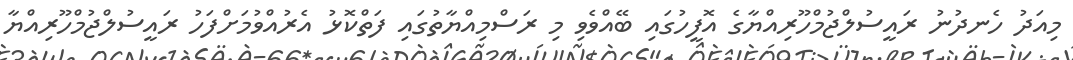
މިއަދު ހެނދުނު ރައީސުލްޖުމްހޫރިއްޔާގެ އޮފީހުގައި ބޭއްވެވި މި ރަސްމިއްޔާތުގައި ފަތްކޮޅު އެރުއްވުމަށްފަހު ރައީސުލްޖުމްހޫރިއްޔާ